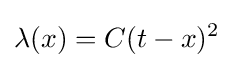
\lambda (x)=C(t-x)^{2}\;